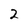
Character: 2